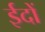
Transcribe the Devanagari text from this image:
ईदों